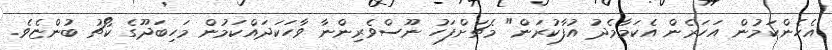
އެހެންކަމުން އަހަރެން އެކަމާމެދު އުފާކުރަން" މެޗަށްފަހު ނޫސްވެރިންނާ ވާހަކަދައްކަމުން މަހިބަދޫގެ ކޯޗު ބުންޏެވެ.